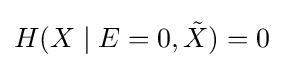
H(X\mid E=0,{\tilde {X}})=0